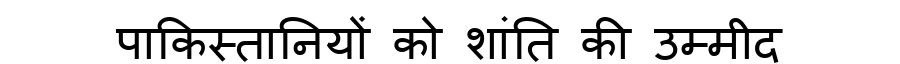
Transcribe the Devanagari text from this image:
पाकिस्तानियों को शांति की उम्मीद